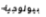
بيولوجية